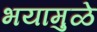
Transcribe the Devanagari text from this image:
भयामुळे